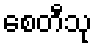
စေတီသု